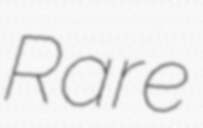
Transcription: Rare